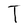
Character: T